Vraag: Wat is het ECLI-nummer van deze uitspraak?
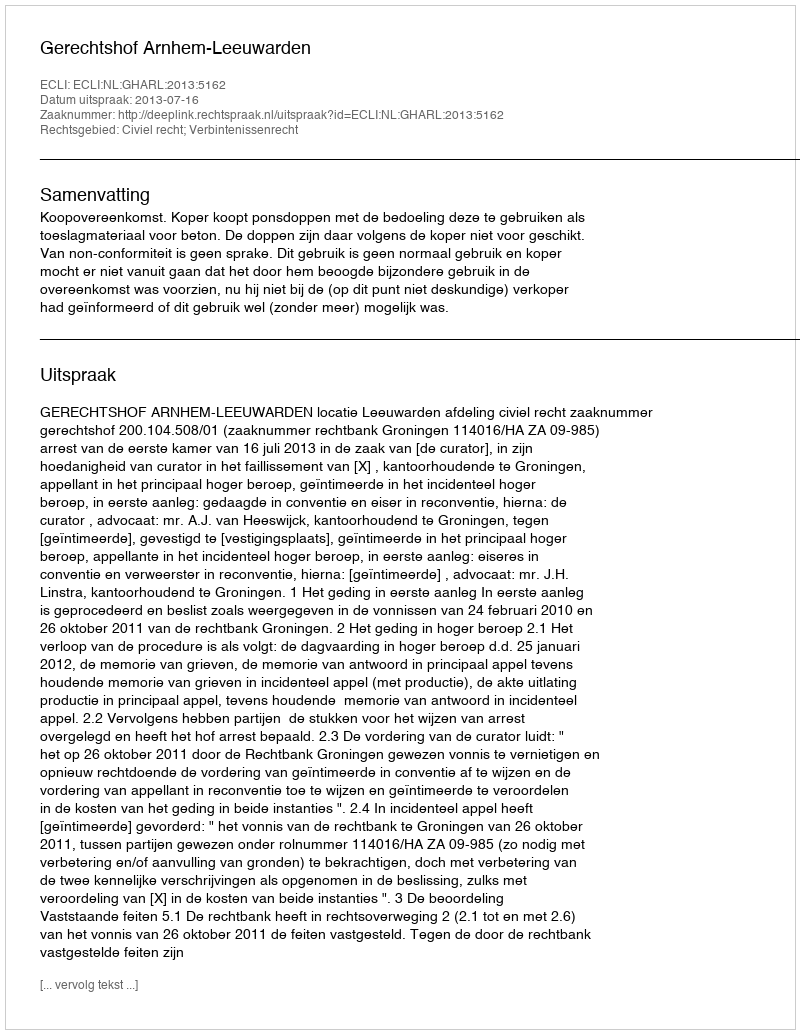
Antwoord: ECLI:NL:GHARL:2013:5162